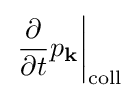
\left.{\frac {\mathrm {\partial } }{\mathrm {\partial } t}}p_{\mathbf {k} }\right|_{\mathrm {coll} }